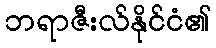
ဘရာဇီးလ်နိုင်ငံ၏